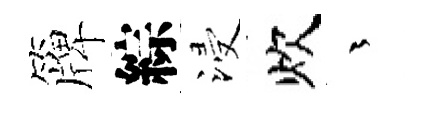
簰綜浸炊茫